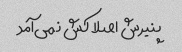
پنیرش اصلا کش نمی‌آمد